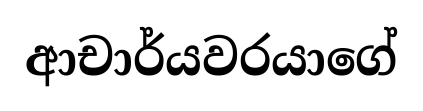
ආචාර්යවරයාගේ